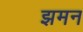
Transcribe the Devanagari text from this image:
झमन